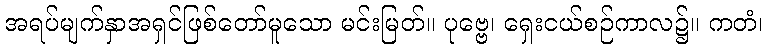
အရပ်မျက်နှာအရှင်ဖြစ်တော်မူသော မင်းမြတ်။ ပုဗ္ဗေ၊ ရှေးငယ်စဉ်ကာလ၌။ ကတံ၊